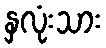
နှလုံးသား